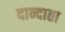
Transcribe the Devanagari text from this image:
दान्दाता